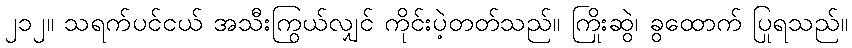
၂၁၂။ သရက်ပင်ငယ် အသီးကြွယ်လျှင် ကိုင်းပဲ့တတ်သည်။ ကြိုးဆွဲ၊ ခွထောက် ပြုရသည်။